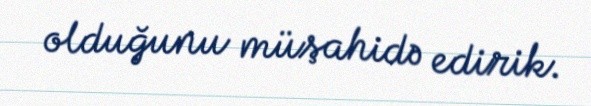
olduğunu müşahidə edirik.